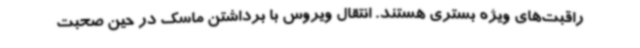
راقبت‌های ویژه بستری هستند. انتقال ویروس با برداشتن ماسک در حین صحبت